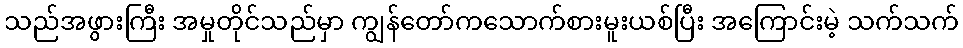
သည်အဖွားကြီး အမှုတိုင်သည်မှာ ကျွန်တော်ကသောက်စားမူးယစ်ပြီး အကြောင်းမဲ့ သက်သက်